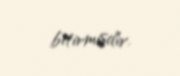
bitirmişdir.